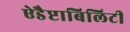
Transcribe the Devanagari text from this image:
ऐडैप्टाबिलिटी